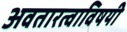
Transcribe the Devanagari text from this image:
अवतारत्वाविषयी